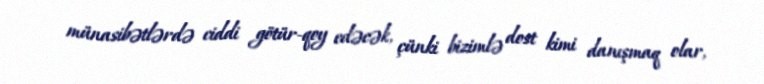
münasibətlərdə ciddi götür-qoy edəcək, çünki bizimlə dost kimi danışmaq olar,